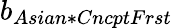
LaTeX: b_{Asian*CncptFrst}